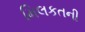
મિલકતની